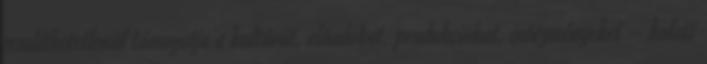
rendíthetetlenül támogatja a kultúrát, előadókat, produkciókat, intézményeket – holott